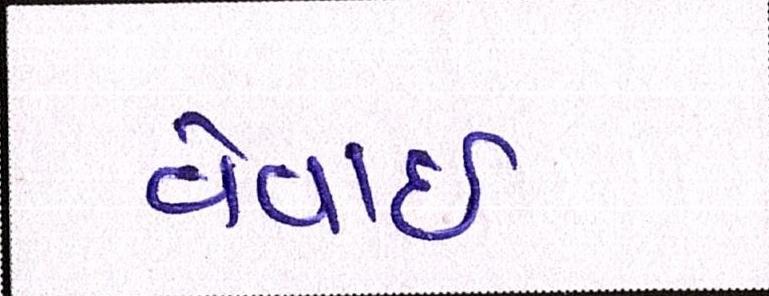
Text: વેવાઈ